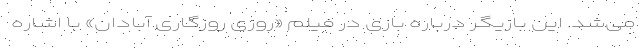
می‌شد. این بازیگر درباره بازی در فیلم «روزی روزگاری آبادان» با اشاره